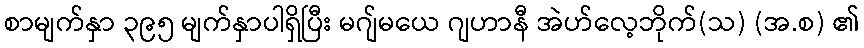
စာမျက်နှာ ၃၉၅ မျက်နှာပါရှိပြီး မဂျ်မယေ ဂျဟာနီ အဲဟ်လေ့ဘိုက်(သ) (အ.စ) ၏